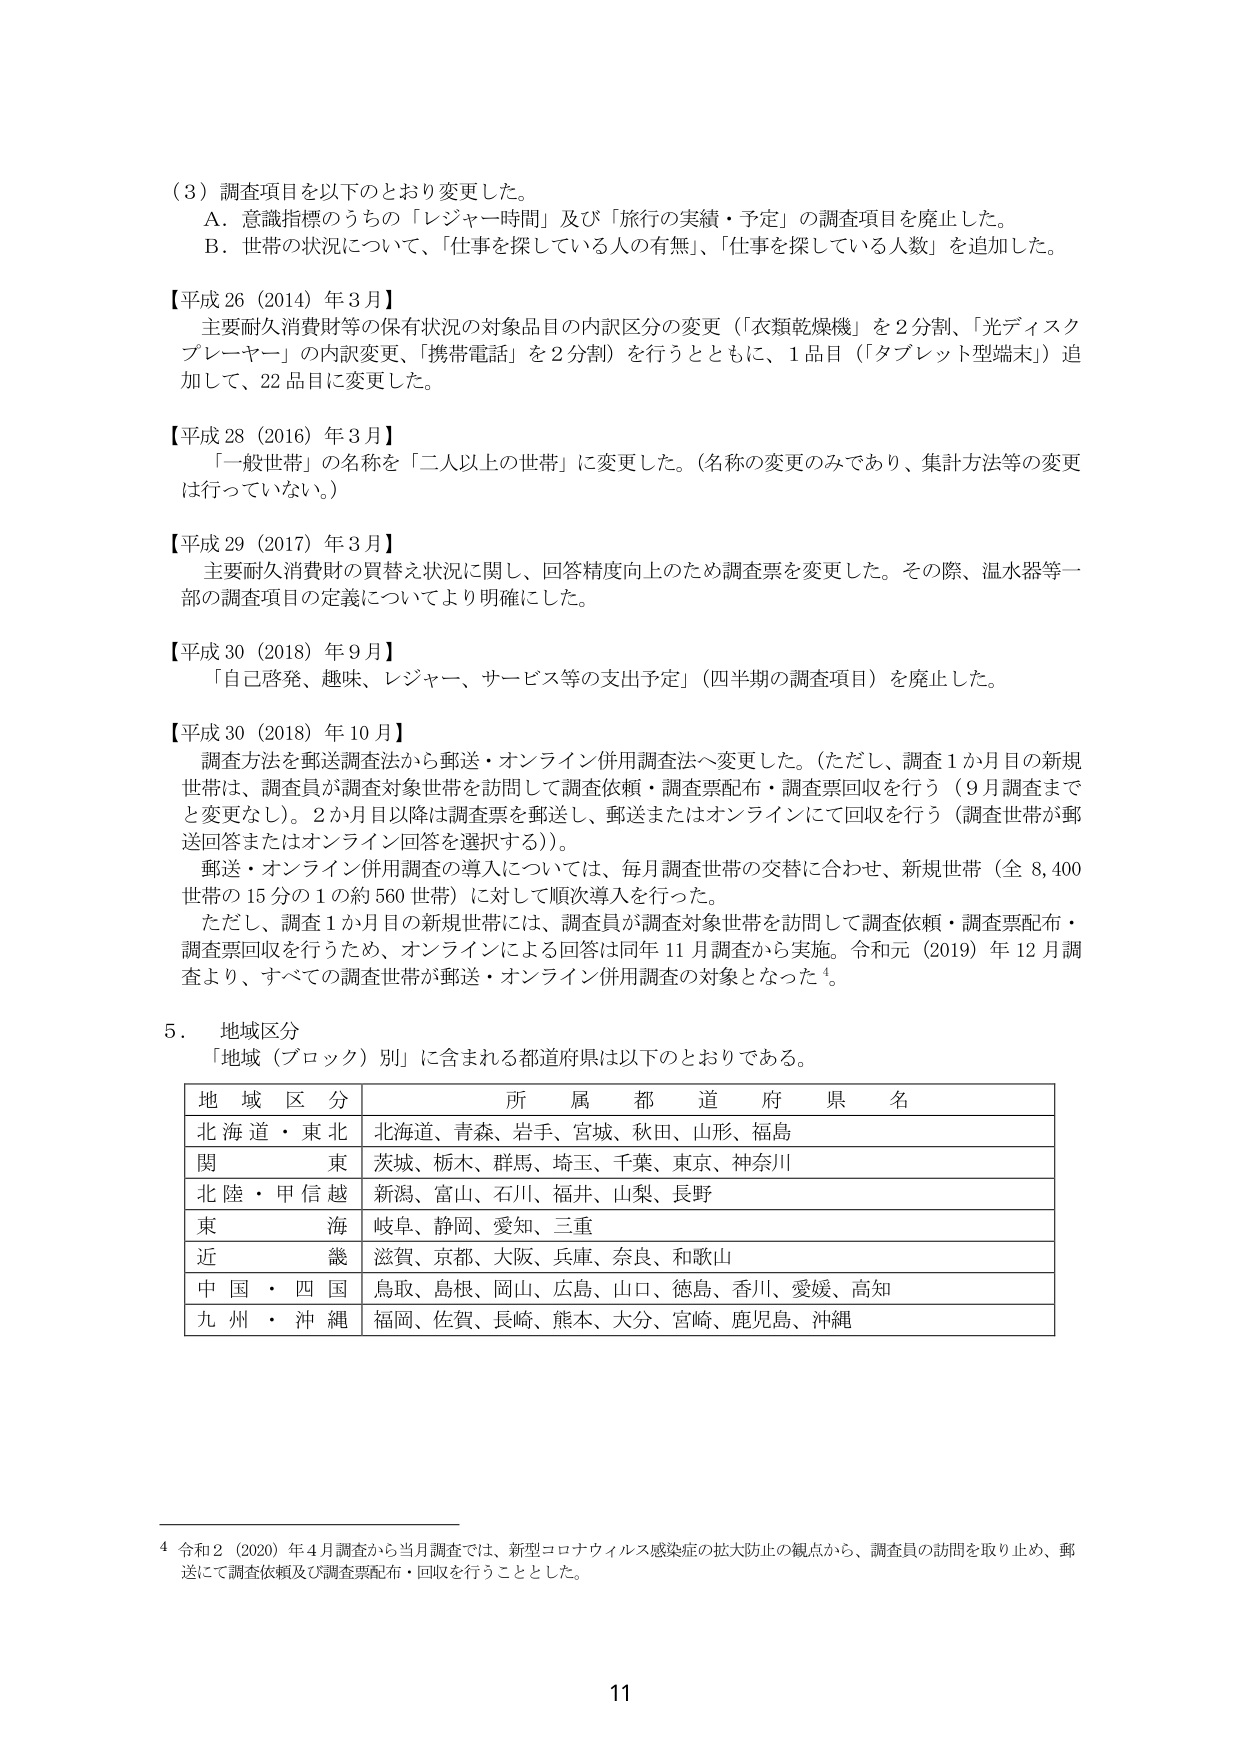
（3）調査項目を以下のとおり変更しました。
A．意識指標のうちの「レジャー時間」及び「旅行の実績・予定」の調査項目を廃止した。
B．世帯の状況について、「仕事を探している人の有無」、「仕事を探している人数」を追加した。

【平成26（2014）年3月】
主要耐久消費財等の保有状況の対象品目の内訳区分の変更（「衣類乾燥機」を2分割、「光ディスクプレーヤー」の内訳変更、「携帯電話」を2分割）を行うとともに、1品目（「タブレット型端末」）追加して、22品目に変更した。

【平成28（2016）年3月】
「一般世帯」の名称を「二人以上の世帯」に変更した。（名称の変更のみであり、集計方法等の変更は行っていない。）

【平成29（2017）年3月】
主要耐久消費財の買替え状況に関し、回答精度向上のため調査票を変更した。その際、温水器等一部の調査項目の定義についてより明確にした。

【平成30（2018）年9月】
「自己啓発、趣味、レジャー、サービス等の支出予定」（四半期の調査項目）を廃止した。

【平成30（2018）年10月】
調査方法を郵送調査法から郵送・オンライン併用調査法へ変更した。（ただし、調査1か月目の新規世帯は、調査員が調査対象世帯を訪問して調査依頼・調査票配布・調査票回収を行う（9月調査までと変更なし）。2か月目以降は調査票を郵送し、郵送またはオンラインにて回収を行う（調査世帯が郵送回答またはオンライン回答を選択する）。）
郵送・オンライン併用調査の導入については、毎月調査世帯の交替に合わせ、新規世帯（全8,400世帯の15分の1の約560世帯）に対して順次導入を行った。
ただし、調査1か月目の新規世帯には、調査員が調査対象世帯を訪問して調査依頼・調査票配布・調査票回収を行うため、オンラインによる回答は同年11月調査から実施。令和元（2019）年12月調査より、すべての調査世帯が郵送・オンライン併用調査の対象となった¹。

5．地域区分
「地域（ブロック）別」に含まれる都道府県は以下のとおりである。

| 地域区分 | 所属都道府県名 |
|----------|----------------|
| 北海道・東北 | 北海道、青森、岩手、宮城、秋田、山形、福島 |
| 関東 | 茨城、栃木、群馬、埼玉、千葉、東京、神奈川 |
| 北陸・甲信越 | 新潟、富山、石川、福井、山梨、長野 |
| 東海 | 岐阜、静岡、愛知、三重 |
| 近畿 | 滋賀、京都、大阪、兵庫、奈良、和歌山 |
| 中国・四国 | 鳥取、島根、岡山、広島、山口、徳島、香川、愛媛、高知 |
| 九州・沖縄 | 福岡、佐賀、長崎、熊本、大分、宮崎、鹿児島、沖縄 |

⁴ 令和2（2020）年4月調査から当月調査では、新型コロナウイルス感染症の拡大防止の観点から、調査員の訪問を取り止め、郵送にて調査依頼及び調査票配布・回収を行うこととした。

11